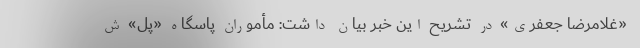
«غلامرضا جعفری» در تشریح این خبر بیان داشت: مأموران پاسگاه «پل» ش